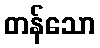
တန်သော